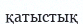
қатыстық